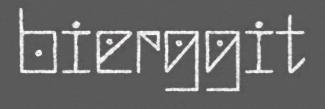
bierggit